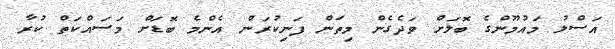
އަސްލު މައުމޫންގެ ބޮލަށް ވަދެގެން މިތަން ފަނިކުރަން އެންމެ ބޮޑަށް މަސައްކަތް ކުރާ